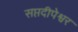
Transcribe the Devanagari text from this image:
सप्तदीपेश्वर